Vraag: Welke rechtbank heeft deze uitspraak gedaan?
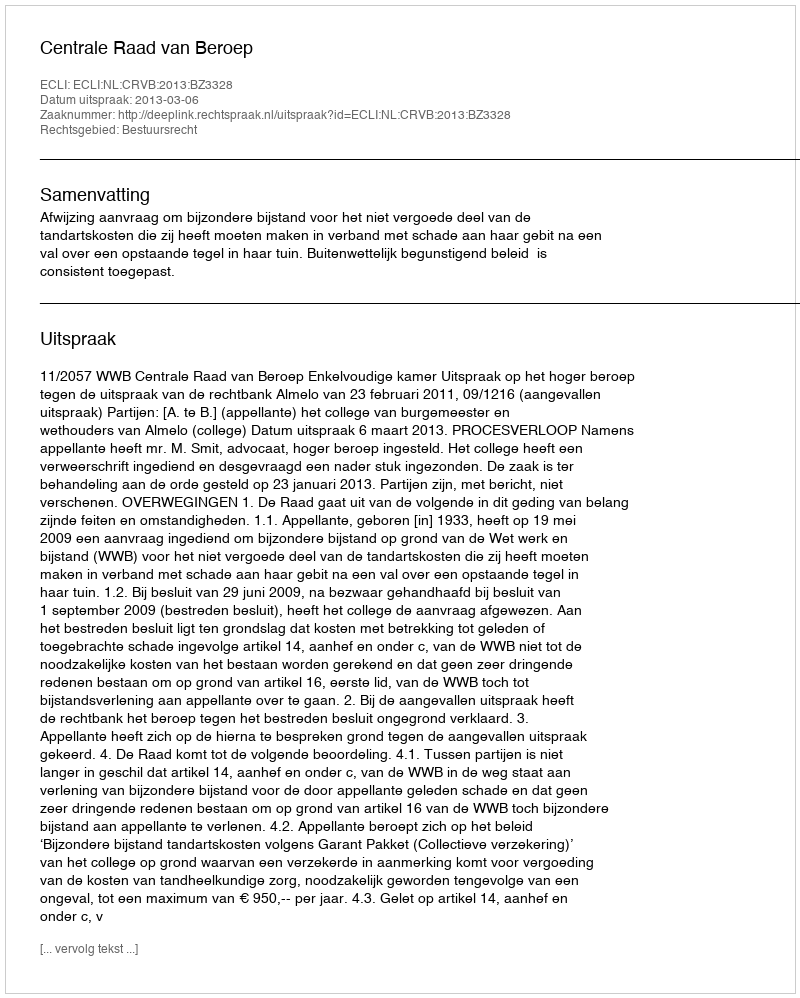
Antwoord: Centrale Raad van Beroep